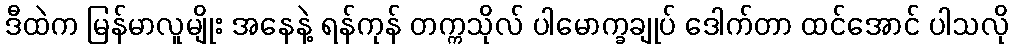
ဒီထဲက မြန်မာလူမျိုး အနေနဲ့ ရန်ကုန် တက္ကသိုလ် ပါမောက္ခချုပ် ဒေါက်တာ ထင်အောင် ပါသလို